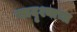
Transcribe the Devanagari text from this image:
सादृश्याचा